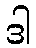
ဒါ